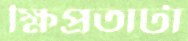
ক্ষিপ্রতাটা